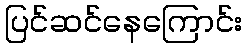
ပြင်ဆင်နေကြောင်း